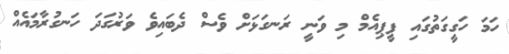
ހަމަ ހަގީގަތުގައި ޕީޕިއެމް މި ވަނީ ރަނގަޅަށް ވެސް ދެބައިވެ ވަރުގަދަ ހަނގުރާމައެއް